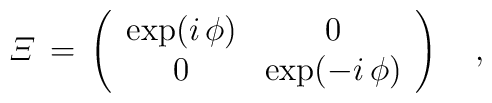
{\mit\Xi}\,=\,\left(\begin{array}{cc}\exp(i\,\phi) & 0\\0&\exp(-i\,\phi)\end{array}\right)\quad,